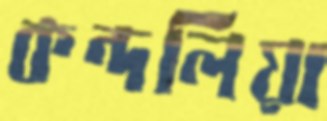
কন্দলিয়া